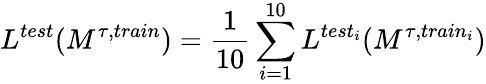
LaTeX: L^{test}(M^{\tau,train})=\frac{1}{10}\sum_{i=1}^{10}L^{test_{i}}(M^{\tau,train_{i}})